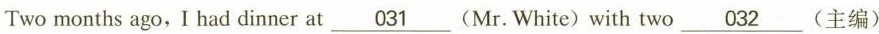
Two months ago,I had dinner at \underline{031} (Mr. White) with two \underline{032} (主编)